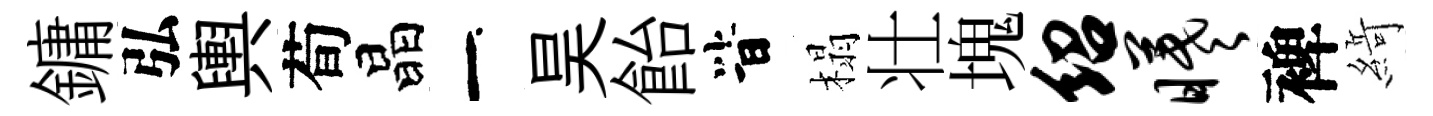
鏞弘輿荀晶一昊飴𣅜榻壮塊绍曦裨𦂶